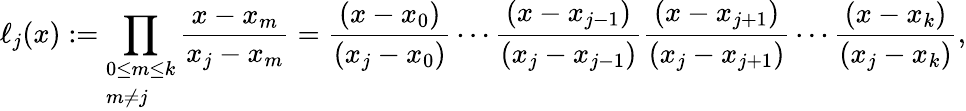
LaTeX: \ell_{j}(x):=\prod_{\begin{array}{l}{0\leq m\leq k}\\ {m\neq j}\end{array}}{\frac{x-x_{m}}{x_{j}-x_{m}}}={\frac{(x-x_{0})}{(x_{j}-x_{0})}}\cdots{\frac{(x-x_{j-1})}{(x_{j}-x_{j-1})}}{\frac{(x-x_{j+1})}{(x_{j}-x_{j+1})}}\cdots{\frac{(x-x_{k})}{(x_{j}-x_{k})}},